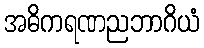
အဓိကရဏညဘာဂိယံ